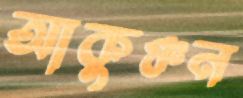
আকুঞ্চন